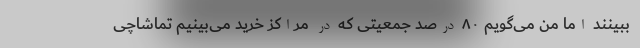
ببینند اما من می‌گویم ۸۰ درصد جمعیتی که در مراکز خرید می‌بینیم تماشاچی